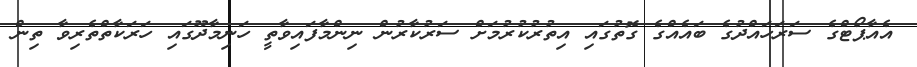
އެއާޕޯޓްގެ ސަރަހައްދުގެ ބައެއްގެ ގޮތުގައި އިތުރުކުރުމަށް ސަރުކާރުން ނިންމާފައިވާތީ ހަނިމާދޫގައި ހަރަކާތްތެރިވާ ތިން